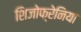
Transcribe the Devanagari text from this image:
शिजोफ्रेनिया